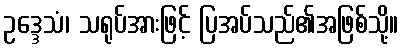
ဥဒ္ဒေသံ၊ သရုပ်အားဖြင့် ပြအပ်သည်၏အဖြစ်သို့။